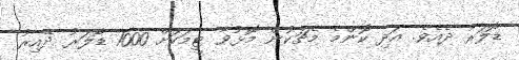
ޑޮލަރު ދެއެވެ. އަދި ކޮންމެ މެޗަކުން މޮޅުވާ ޓީމަކަށް 1000 ޑޮލަރު ދޭއިރު